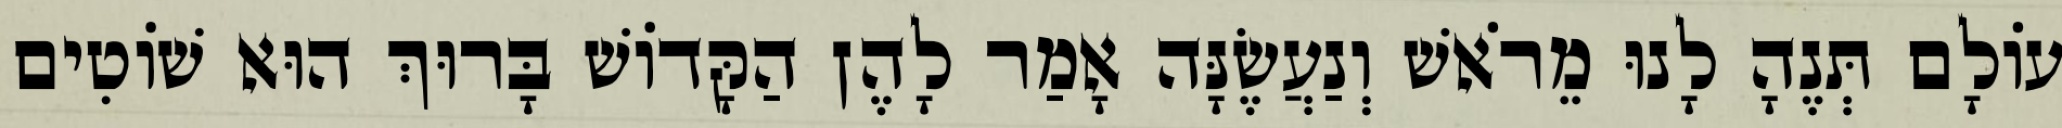
עוֹלָם תְּנֶהָ לָנוּ מֵרֹאשׁ וְנַעֲשֶׂנָּה אָמַר לָהֶן הַקָּדוֹשׁ בָּרוּךְ הוּא שׁוֹטִים